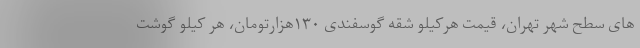
های سطح شهر تهران، قیمت هرکیلو شقه گوسفندی ۱۳۰هزارتومان، هر کیلو گوشت